画像に写った文字を読んでください
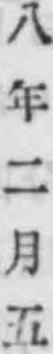
「八年二月五」と書いてあります